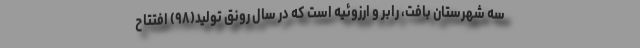
سه شهرستان بافت، رابر و ارزوئیه است که در سال رونق تولید(۹۸) افتتاح